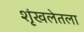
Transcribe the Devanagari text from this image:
शृंखलेतला